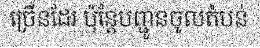
ច្រើនដែរ ប៉ុន្តែបញ្ជូនចូលតំបន់